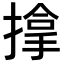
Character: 𢲡